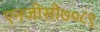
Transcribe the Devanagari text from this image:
एनजीसी७०८९